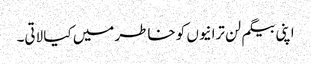
اپنی بیگم لن ترانیوں کو خاطر میں کیا لاتی۔